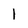
Character: l